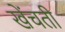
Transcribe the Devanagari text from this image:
खेंचती